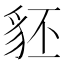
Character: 豾